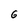
Character: G